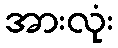
အားလုံး